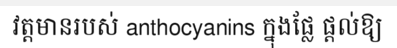
វត្តមានរបស់ anthocyanins ក្នុងផ្លែ ផ្តល់ឱ្យ